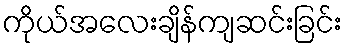
ကိုယ်အလေးချိန်ကျဆင်းခြင်း